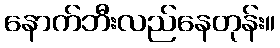
နောက်ဘီးလည်နေတုန်း။